King Institute of Preventive Medicine Micro-Biological Section reports 1909-11
Year: 1909
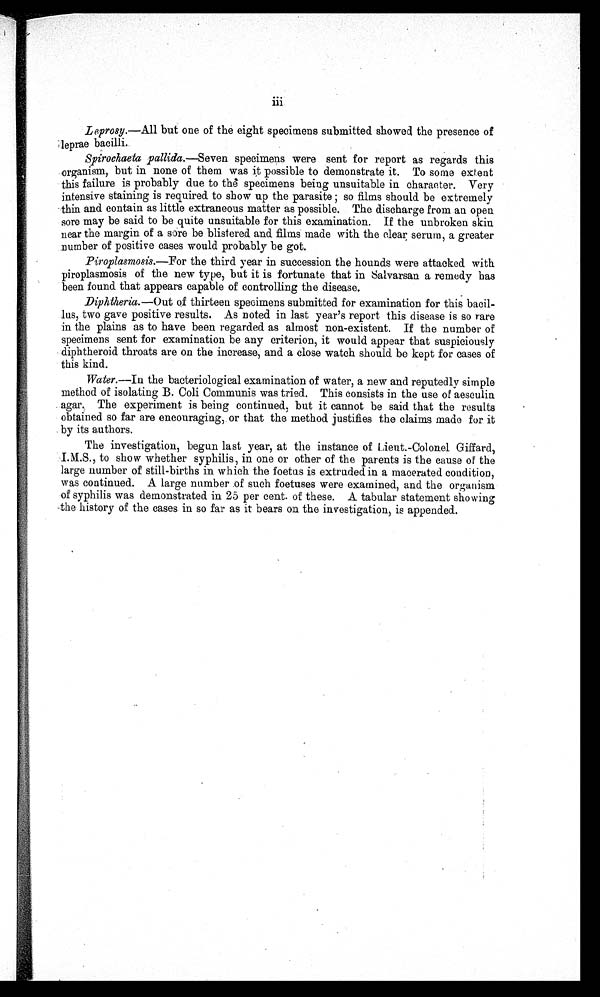
i i i
L eprosy .—All but one of the eight specimens submitted showed the presence of
ieprae bacilli. .
Spirochaeta pallida .—Seven specimens were sent for report as regards this
organism, but in none of them was it possible to demonstrate it. To some extent
this failure is probably due to the specimens being unsuitable in character. Very
intensive staining is required to show up the parasite ; so films should be extremely
thin and contain as little extraneous matter as possible. The discharge from an open
sore may be said to be quite unsuitable for this examination. If the unbroken skin
near the margin of a sore be blistered and films made with the clear serum, a greater
number of positive cases would probably be got.
Piroplasmosis.—For the third year in succession the hounds were attacked with
piroplasmosis of the new type, but it is fortunate that in Salvarsan a remedy has
been found that appears capable of controlling the disease.
Diphtheria.—Out of thirteen specimens submitted for examination for this bacil-
lus, two gave positive results. As noted in last year's report this disease is so rare
in the plains as to have been regarded as almost non-existent. If the number of
specimens sent for examination be any criterion, it would appear that suspiciously
diphtheroid throats are on the increase, and a close watch should be kept for cases of
this kind.
Water. — I n
t h e b a c t e r i o l o g i c a l e x a m i n a t i o n o f w a t e r , a n e w a n d r e p u t e d l y s i m p l e
method of isolating B. Coli Communis was tried. This consists in the use of aeseulin
agar. The experiment is being continued, but it cannot be said that the results
obtained so far are encouraging, or that the method justifies the claims made for it
by its authors.
The investigation, begun last year, at the instance of Lieut.-Colonel Gilfard,
I.M.S., to show whether syphilis, in one or other of the parents is the cause or the
large number of still-births in which the foetus is extruded in a macerated condition,
was continued. A large number of such foetuses were examined, and the organism
of syphilis was demonstrated in 25 per cent. of these. A tabular statement showing
the history of the eases in so far as it bears on the investigation, is appended.